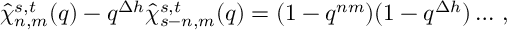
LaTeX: \hat { \chi } _ { n , m } ^ { s , t } ( q ) - q ^ { \Delta h } \hat { \chi } _ { s - n , m } ^ { s , t } ( q ) = ( 1 - q ^ { n m } ) ( 1 - q ^ { \Delta h } ) \ldots \, ,